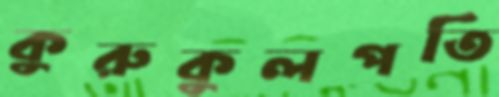
কুরুকুলপতি